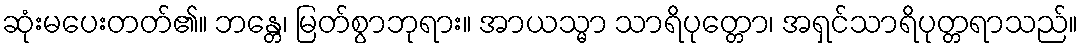
ဆုံးမပေးတတ်၏။ ဘန္တေ၊ မြတ်စွာဘုရား။ အာယသ္မာ သာရိပုတ္တော၊ အရှင်သာရိပုတ္တရာသည်။